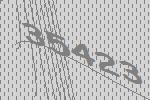
35423